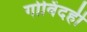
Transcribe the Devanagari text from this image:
गोविंदही